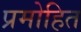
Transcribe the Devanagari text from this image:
प्रमोहित